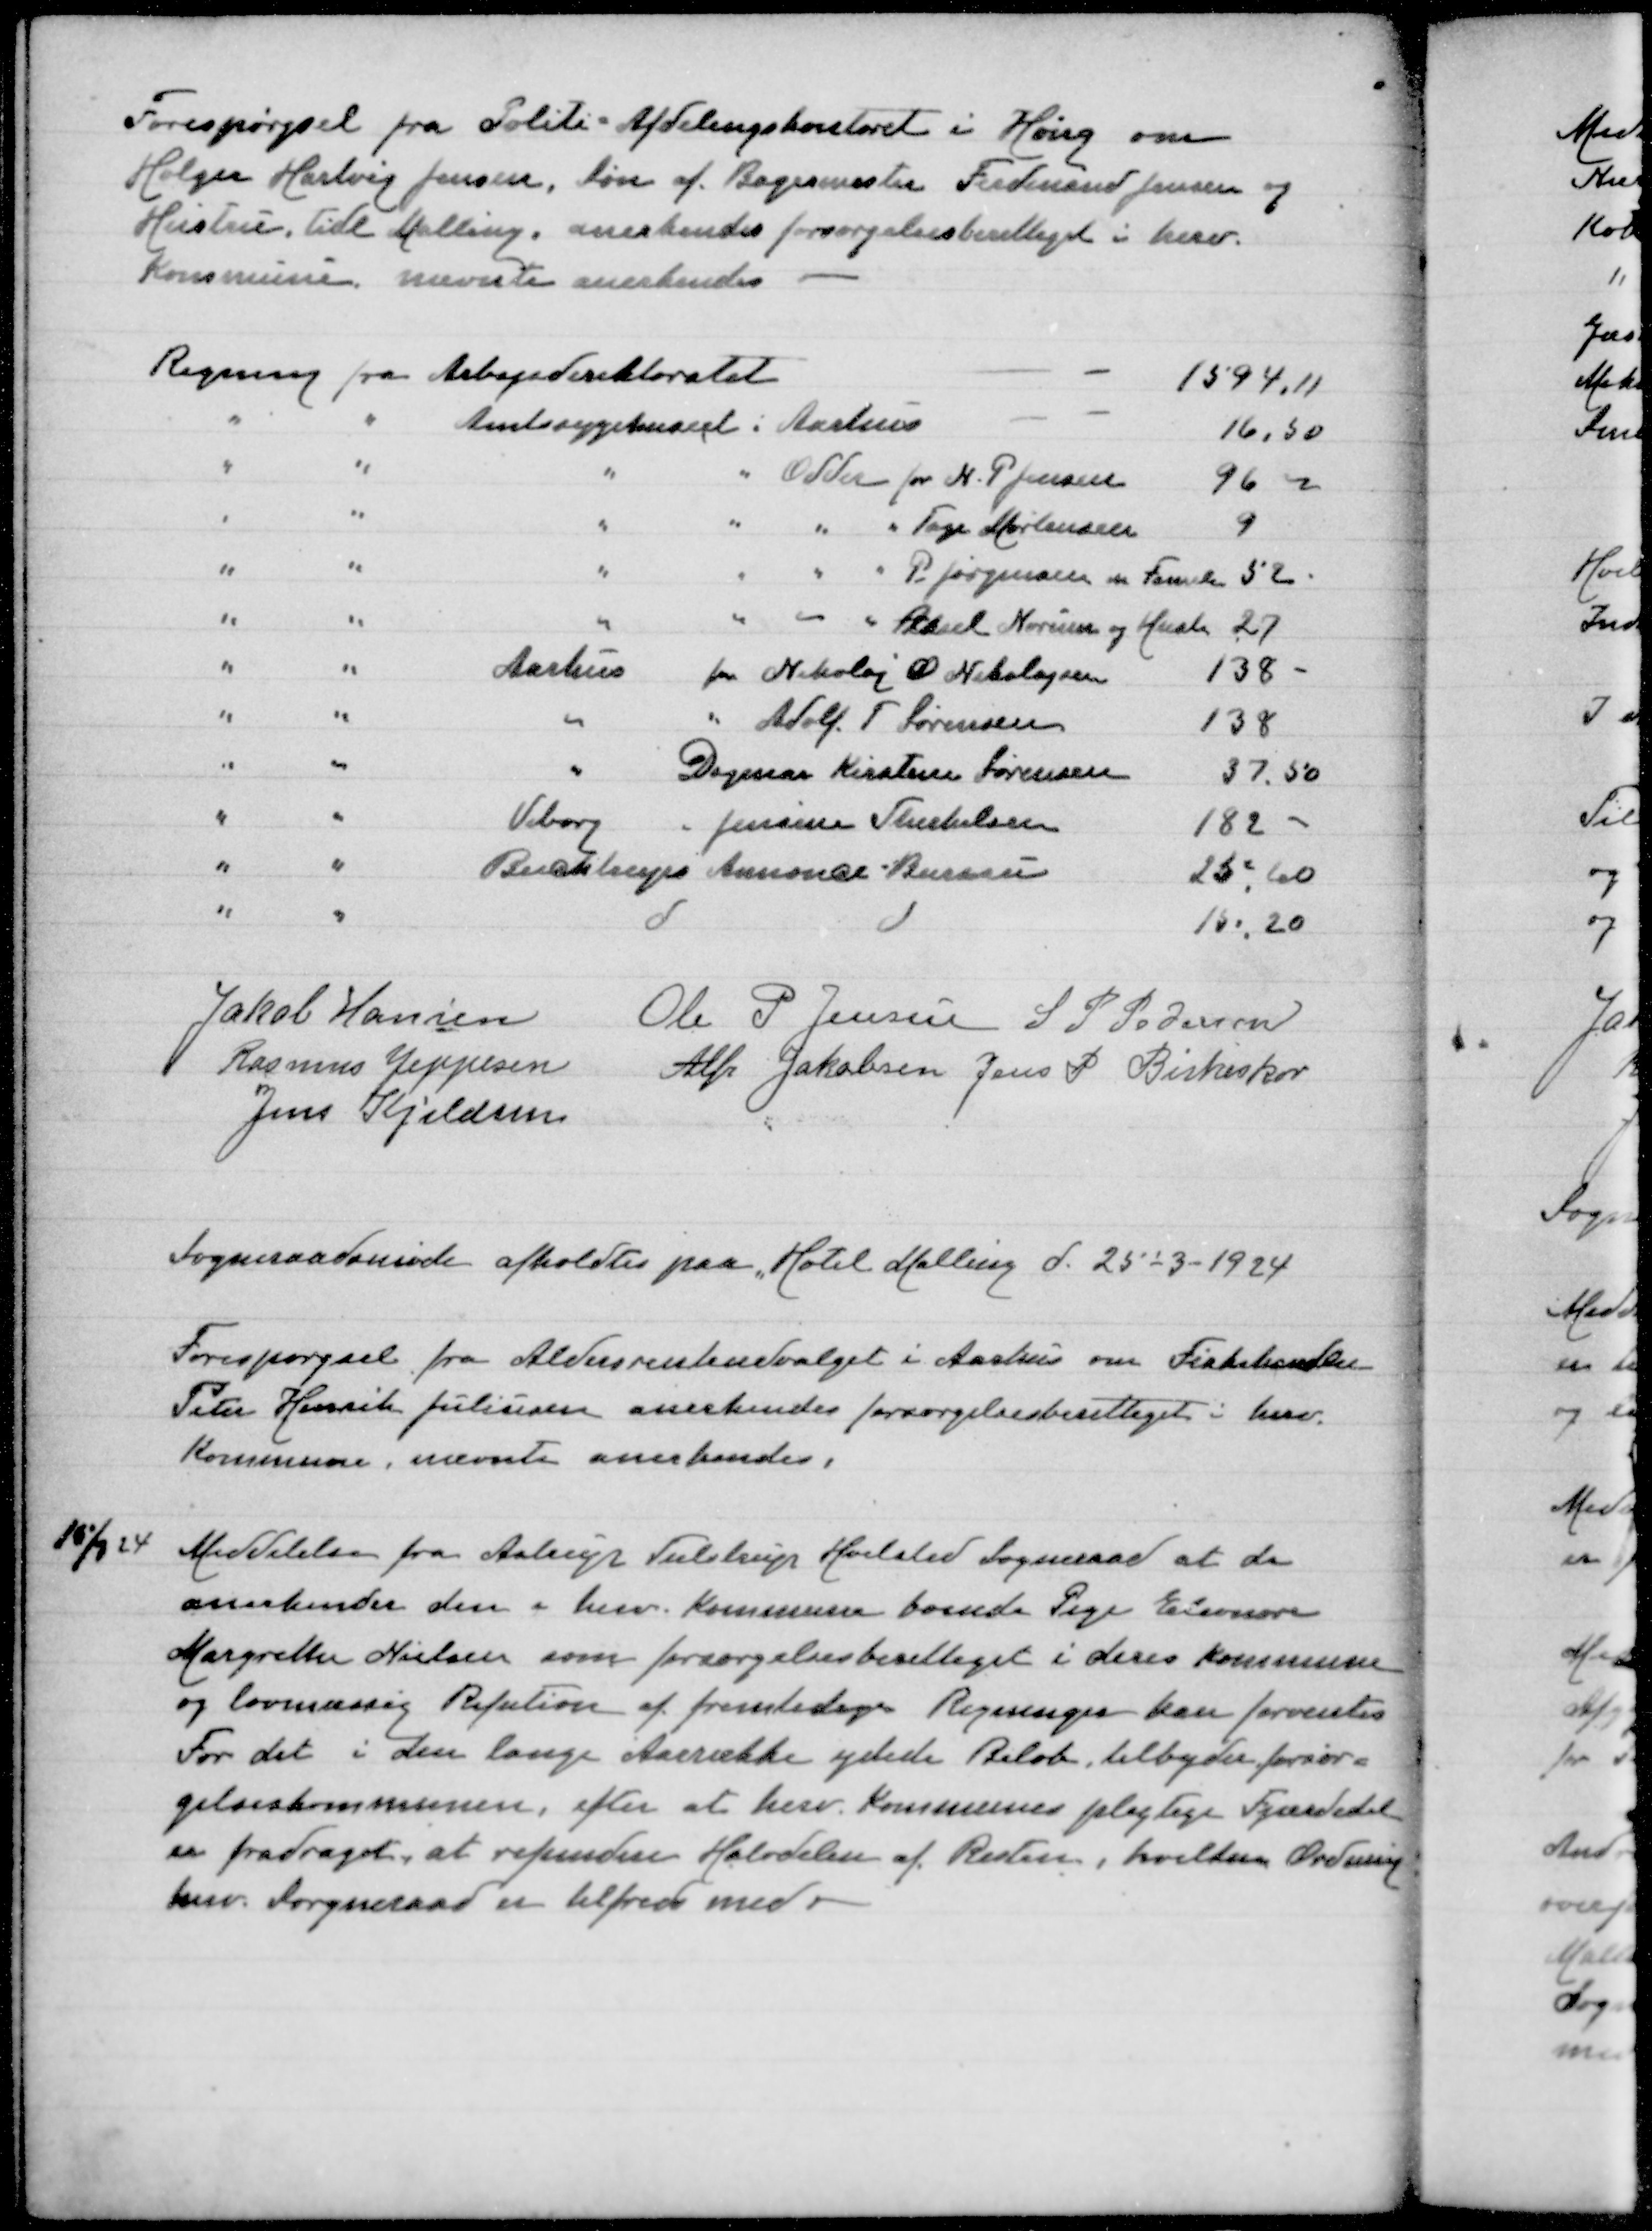
Transskription:
Forespørgsel fra Politi-Afdelingskontoret i Høng om
Holger Hartvig Jensen, Søn af Bagermester Ferdinand Jensen og
Hustru, tidl Malling, anerkendes forsørgelsesberettiget i herv
Kommune nævnte anerkendes
Regning fra Arbejdsdirektoratet
1594,11
" " Amtssygehuset i Aarhus
16,50
" " " " Odder for N P Jensen
96,00
" " " " " " Tage Mortensen
9
" " " " " " P Jørgensen m Familie
52
" " " " " Aksel Nourum og Hustru
27
" " Aarhus for Nikolaj O Nikolajsen
138
" " " " Adolf T Sørensen
138
" " " Aarhus Dagmar Kirstine Sørensen
37,50
" " Viborg Jensine Therkelsen
182
" " Buchtrups Annonce-Bureau
25,60
" " d d 
15,20
Jakob Hansen
Ole P Jensen
S P Pedersen
Rasmus Jeppesen
Alfr Jakobsen
Jens P Birkeskov
Jens Kjeldsen
Sogneraadsmøde afholdtes paa Hotel Malling d 25-3-1924
Forespørgsel fra Aldersrenteudvalget i Aarhus om Fiskehandler
Peter Henrik Juliussen anerkendes forsørgelsesberettiget i herv
Kommune, nævnte anerkendes
16/3 24
Meddelelse fra Astrup Tulstrup Hvilsted Sogneraad at de
anerkender den i herv Kommune boende Pige Eleonora
Margrete Nielsen som forsørgelsesberettiget i deres Kommune
og lovmæssig Refusion af fremtidige Regninger kan forventes
For det  i den lange Aarrække ydede Beløb tilbyder forsør=
gelseskommunen, efter at herv Kommune pligtige Fjerdedel
er fradraget, at refundere Halvdelen af Resten, hvilken Ordning
herv Sogneraad er tilfreds med